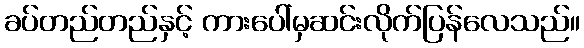
ခပ်တည်တည်နှင့် ကားပေါ်မှဆင်းလိုက်ပြန်လေသည်။